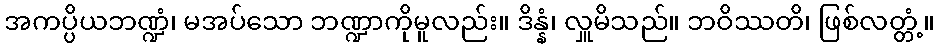
အကပ္ပိယဘဏ္ဍံ၊ မအပ်သော ဘဏ္ဍာကိုမူလည်း။ ဒိန္နံ၊ လှူမိသည်။ ဘဝိဿတိ၊ ဖြစ်လတ္တံ့။